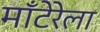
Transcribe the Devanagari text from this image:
माँटेरेला